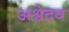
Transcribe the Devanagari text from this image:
अश्वेदव